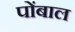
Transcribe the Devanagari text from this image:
पोंबाल